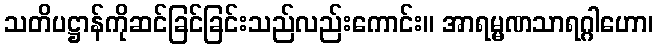
သတိပဋ္ဌာန်ကိုဆင်ခြင်ခြင်းသည်လည်းကောင်း။ အာရမ္မဏသာရဂ္ဂါဟော၊